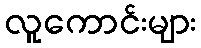
လူကောင်းများ